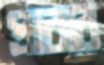
প্রাবার